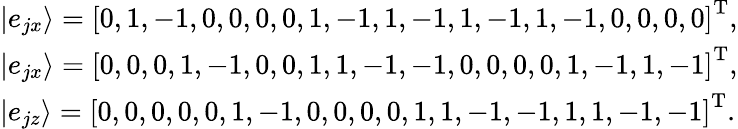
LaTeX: \begin{array}{l}{\left|{{e_{jx}}}\right\rangle={\left[{0,\mathrm{{1}},-\mathrm{{1}},\mathrm{{}}0,\mathrm{{}}0,\mathrm{{}}0,\mathrm{{}}0,\mathrm{{1}},-\mathrm{{1}},\mathrm{{1}},-\mathrm{{1}},\mathrm{{1}},-\mathrm{{1}},\mathrm{{1}},-\mathrm{{1}},\mathrm{{}}0,\mathrm{{}}0,\mathrm{{}}0,\mathrm{{}}0}\right]^{\mathrm{T}}},}\\ {\left|{{e_{jx}}}\right\rangle={\left[{0,\mathrm{{}}0,\mathrm{{}}0,\mathrm{{1}},-\mathrm{{1}},\mathrm{{}}0,\mathrm{{}}0,\mathrm{{1}},\mathrm{{1}},-\mathrm{{1}},-\mathrm{{1}},\mathrm{{}}0,\mathrm{{}}0,\mathrm{{}}0,\mathrm{{}}0,\mathrm{{1}},-\mathrm{{1}},\mathrm{{1}},-\mathrm{{1}}}\right]^{\mathrm{T}}},}\\ {\left|{{e_{jz}}}\right\rangle={\left[{0,\mathrm{{}}0,\mathrm{{}}0,\mathrm{{}}0,\mathrm{{}}0,\mathrm{{1}},-\mathrm{{1}},\mathrm{{}}0,\mathrm{{}}0,\mathrm{{}}0,\mathrm{{}}0,\mathrm{{1}},\mathrm{{1}},-\mathrm{{1}},-\mathrm{{1}},\mathrm{{1}},\mathrm{{1}},-\mathrm{{1}},-\mathrm{{1}}}\right]^{\mathrm{T}}}.}\end{array}